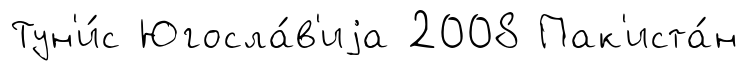
Тун'и́с Югосла́в'иjа 2008 Пак'иста́н